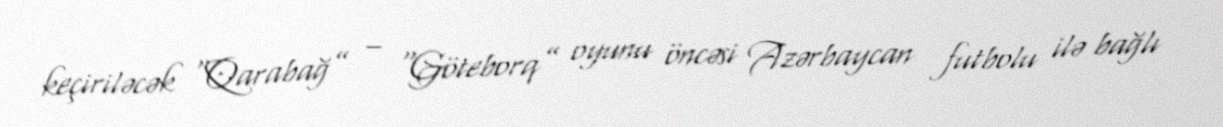
keçiriləcək “Qarabağ” – “Göteborq” oyunu öncəsi Azərbaycan futbolu ilə bağlı